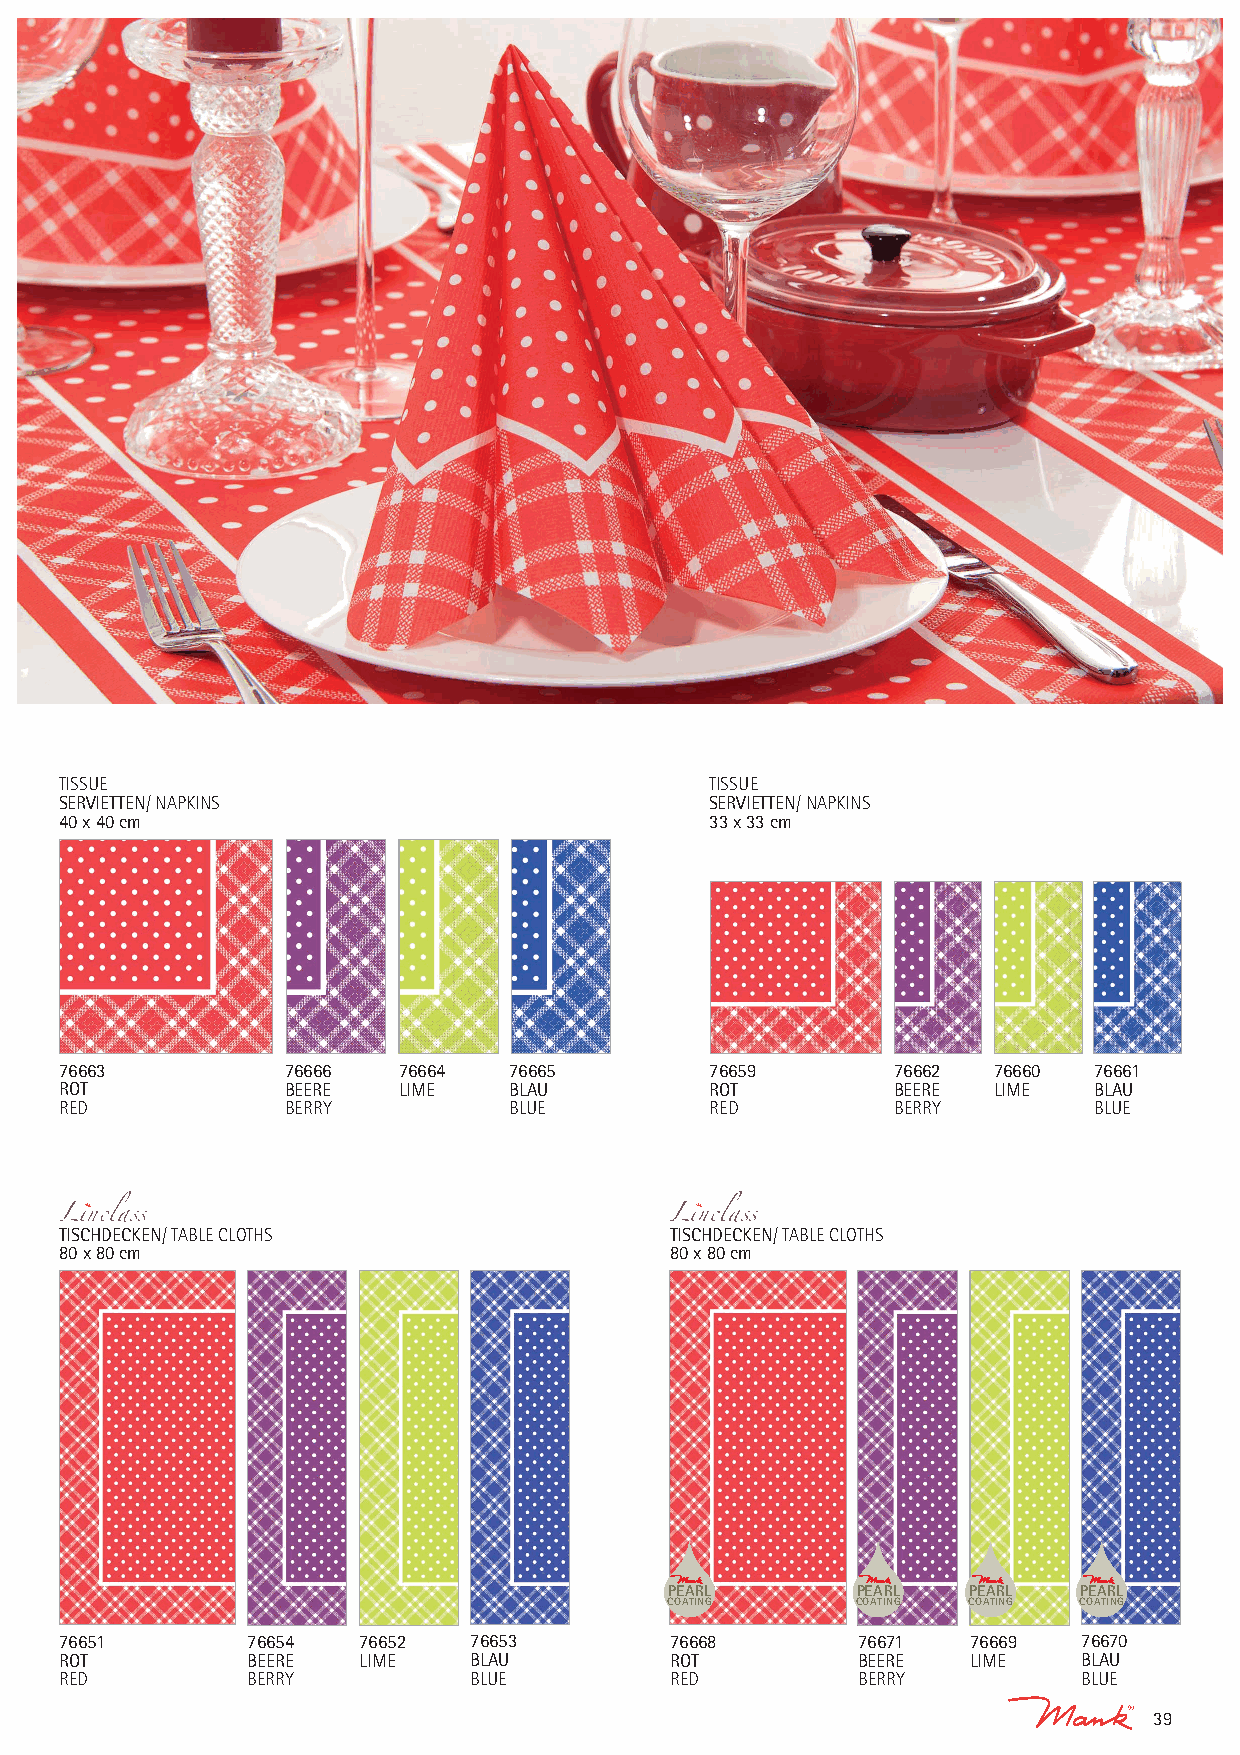
TISSUE                                     TISSUE
 SERVIETTEN/ NAPKINS                        SERVIETTEN/ NAPKINS
 40 x 40 cm                                 33 x 33 cm
 76663          76666  76664   76665        76659       76662  76660 76661
 ROT            BEERE  LIME    BLAU         ROT         BEERE  LIME  BLAU
 RED            BERRY          BLUE         RED         BERRY        BLUE
 TISCHDECKEN/ TABLE CLOTHS               TISCHDECKEN/ TABLE CLOTHS
 80 x 80 cm                              80 x 80 cm
 PEARL        PEARL  PEARL  PEARL
 COATING      COATING COATING COATING
 76651       76654   76652  76653        76668        76671  76669   76670
 ROT         BEERE   LIME   BLAU         ROT          BEERE  LIME    BLAU
 RED         BERRY          BLUE         RED          BERRY          BLUE
 39